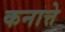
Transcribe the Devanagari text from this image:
कनात्ते